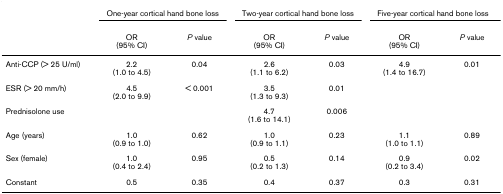
<table><thead><tr><td></td><td colspan="2"><b>One-year cortical hand bone loss</b></td><td colspan="2"><b>Two-year cortical hand bone loss</b></td><td colspan="2"><b>Five-year cortical hand bone loss</b></td></tr><tr><td></td><td><b>OR(95% CI)</b></td><td><b><i>P </i>value</b></td><td><b>OR(95% CI)</b></td><td><b><i>P </i>value</b></td><td><b>OR(95% CI)</b></td><td><b><i>P </i>value</b></td></tr></thead><tbody><tr><td>Anti-CCP (&gt; 25 U/ml)</td><td>2.2(1.0 to 4.5)</td><td>0.04</td><td>2.6(1.1 to 6.2)</td><td>0.03</td><td>4.9(1.4 to 16.7)</td><td>0.01</td></tr><tr><td>ESR (&gt; 20 mm/h)</td><td>4.5(2.0 to 9.9)</td><td>&lt; 0.001</td><td>3.5(1.3 to 9.3)</td><td>0.01</td><td></td><td></td></tr><tr><td>Prednisolone use</td><td></td><td></td><td>4.7(1.6 to 14.1)</td><td>0.006</td><td></td><td></td></tr><tr><td>Age (years)</td><td>1.0(0.9 to 1.0)</td><td>0.62</td><td>1.0(0.9 to 1.1)</td><td>0.23</td><td>1.1(1.0 to 1.1)</td><td>0.89</td></tr><tr><td>Sex (female)</td><td>1.0(0.4 to 2.4)</td><td>0.95</td><td>0.5(0.2 to 1.3)</td><td>0.14</td><td>0.9(0.2 to 3.4)</td><td>0.02</td></tr><tr><td>Constant</td><td>0.5</td><td>0.35</td><td>0.4</td><td>0.37</td><td>0.3</td><td>0.31</td></tr></tbody></table>